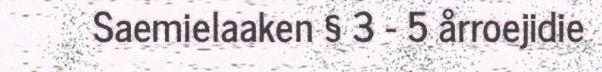
Saemielaaken § 3 - 5 årroejidie